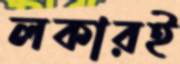
লকারই